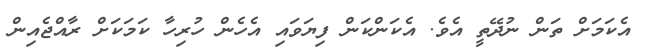
އެކަމަށް ތަން ނުދޭތީ އެވެ. އެކަންކަން ފިޔަވައި އެހެން ހުރިހާ ކަމަކަށް ރާއްޖެއިން